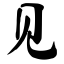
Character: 见